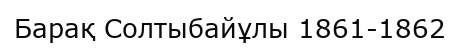
Барақ Солтыбайұлы 1861-1862